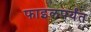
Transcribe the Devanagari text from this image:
फाइलपर्यंत